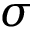
\sigma